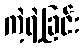
ကဲ့ရဲ့ခြင်း